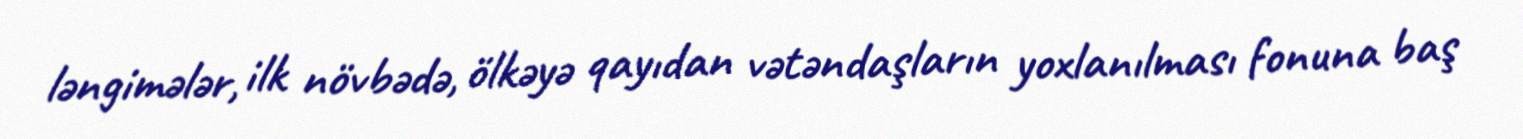
ləngimələr, ilk növbədə, ölkəyə qayıdan vətəndaşların yoxlanılması fonuna baş